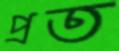
প্রত